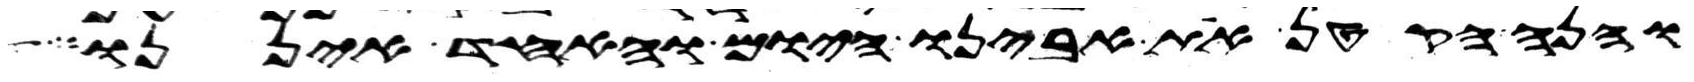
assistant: והנה הקטן את אבינו היום והאחד איננו